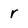
Character: r